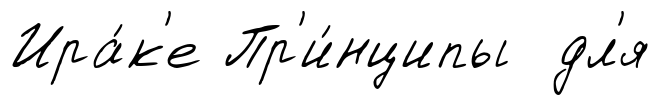
Ира́к'е Пр'и́нципы дл'я